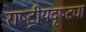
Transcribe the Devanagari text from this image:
राष्‍ट्रीयदृष्ट्या